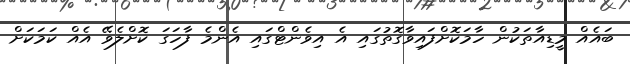
ބައެއް މީޑިއާތަކުން ހާމަކޮށްފައިވާގޮތުގައި އެ އިވެންޓްގައި އެންމެ ފާހަގަ ކޮށްލެވޭ އެއް ކަމަކަށް